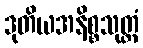
ဒုတိယအနိစ္စသုတ္တံ